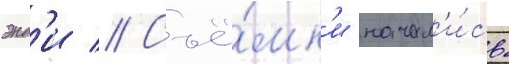
энд'и // Съё́мк'и начал'и́сь